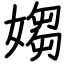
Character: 媰